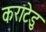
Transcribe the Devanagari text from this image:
कराटेडु